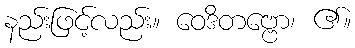
နည်းဖြင့်လည်း။ ဝေဒိတဗ္ဗော၊ ၏။